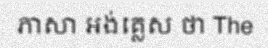
ភាសា អង់គ្លេស ថា The